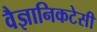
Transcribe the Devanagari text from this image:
वैज्ञानिकटेसी